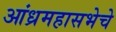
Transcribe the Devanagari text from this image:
आंध्रमहासभेचे